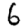
Digit: 6